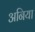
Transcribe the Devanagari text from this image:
अनिया